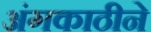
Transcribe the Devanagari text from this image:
अंगकाठीने